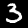
Label: 3